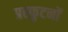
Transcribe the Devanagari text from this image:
प्रस्फुटनों